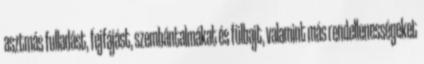
asztmás fulladást, fejfájást, szembántalmákat és fülbajt, valamint más rendellenességeket